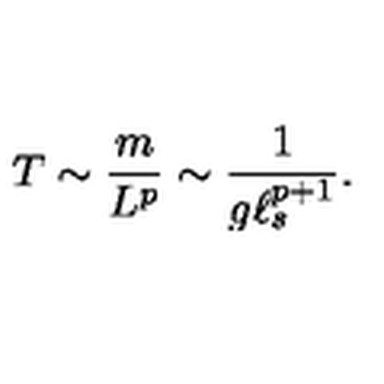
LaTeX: T \sim \frac { m } { L ^ { p } } \sim \frac { 1 } { g \ell _ { s } ^ { p + 1 } } .